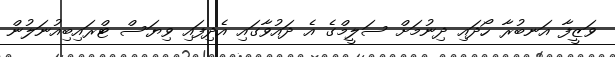
ވަޒީފާ އަނބުރާ ހޯދައި ދިނުމަށް ސަލީމްގެ އެ ދައުވާގައި އެދިފައި ވިޔަސް ޓްރައިބިއުނަލުން